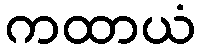
ကထာယံ